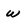
Character: w